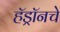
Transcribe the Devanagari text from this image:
हॅड्रॉनचे